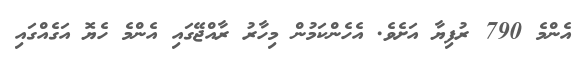
އެންމެ 790 ރުފިޔާ އަށެވެ. އެހެންކަމުން މިހާރު ރާއްޖޭގައި އެންމެ ހެޔޮ އަގެއްގައި